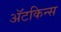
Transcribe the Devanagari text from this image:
अॅटकिन्स